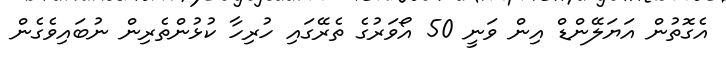
އެގޮތުން އަޔަލޭންޑް އިން ވަނީ 50 އޯވަރުގެ ތެރޭގައި ހުރިހާ ކުޅުންތެރިން ނުބައިވެގެން